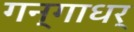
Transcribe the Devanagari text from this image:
गन्गाधर्